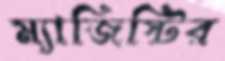
ম্যাজিস্টির